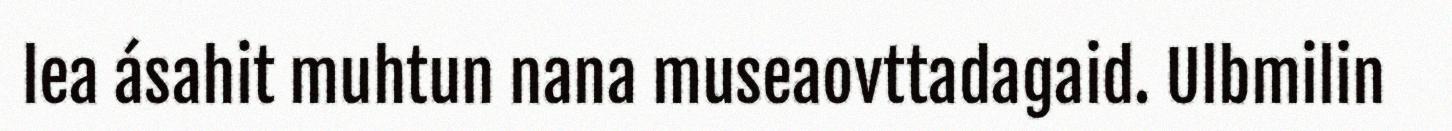
lea ásahit muhtun nana museaovttadagaid. Ulbmilin